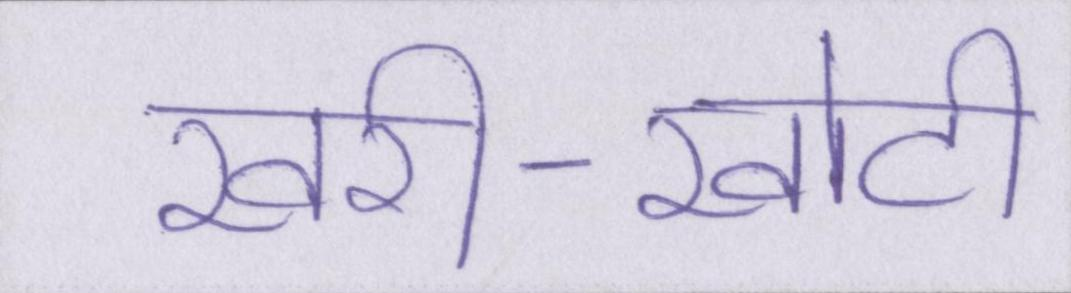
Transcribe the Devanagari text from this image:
खरी-खोटी